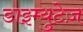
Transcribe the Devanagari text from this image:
डाइम्युटेज़